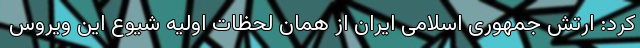
کرد: ارتش جمهوری اسلامی ایران از همان لحظات اولیه شیوع این ویروس